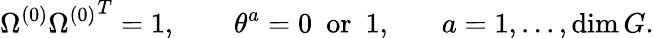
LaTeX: \Omega^{(0)}{\Omega^{(0)}}^{T}=1,~~~~~~~~\theta^{a}=0~~\mathrm{or}~~1,~~~~~~~a=1,...,\dim G.